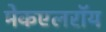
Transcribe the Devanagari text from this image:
मेकएलरॉय